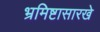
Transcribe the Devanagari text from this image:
भ्रमिष्टासारखे